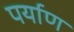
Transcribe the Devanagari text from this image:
पर्याण